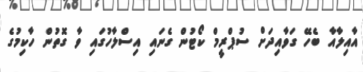
އާއިލާއާ ބެހޭ ގަވާއިދަށް ސުޕްރީމް ކޯޓުން ގެނައި އިސްލާހުގައި ވާ ގޮތުން ހާކިމުގެ